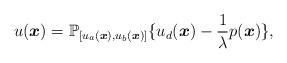
LaTeX: \begin{align*} u(\boldsymbol{x}) = \mathbb{P}_{[u_a(\boldsymbol{x}),u_b(\boldsymbol{x})]} \{u_d(\boldsymbol{x}) - \frac{1}{\lambda} p(\boldsymbol{x}) \},\end{align*}